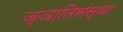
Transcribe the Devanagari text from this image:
ज्ञातिसंस्था